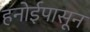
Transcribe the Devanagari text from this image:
हनोईपासून